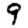
Digit: 9